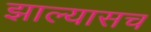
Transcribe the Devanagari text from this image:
झाल्यासच